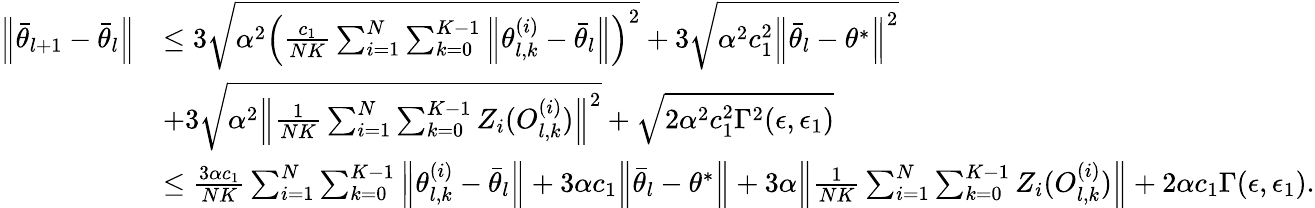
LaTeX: \begin{array}{rl}{\Big\lVert\bar{\theta}_{l+1}-\bar{\theta}_{l}\Big\rVert}&{\le 3\sqrt{\alpha^{2}\left(\frac{c_{1}}{NK}\sum_{i=1}^{N}\sum_{k=0}^{K-1}\Big\lVert\theta_{l,k}^{(i)}-\bar{\theta}_{l}\Big\rVert\right)^{2}}+3\sqrt{\alpha^{2}c_{1}^{2}\Big\lVert\bar{\theta}_{l}-\theta^{*}\Big\rVert^{2}}}\\ &{+3\sqrt{\alpha^{2}\Big\lVert\frac{1}{NK}\sum_{i=1}^{N}\sum_{k=0}^{K-1}Z_{i}(O_{l,k}^{(i)})\Big\rVert^{2}}+\sqrt{2\alpha^{2}c_{1}^{2}\Gamma^{2}(\epsilon,\epsilon_{1})}}\\ &{\le\frac{3\alpha c_{1}}{NK}\sum_{i=1}^{N}\sum_{k=0}^{K-1}\Big\lVert\theta_{l,k}^{(i)}-\bar{\theta}_{l}\Big\rVert+3\alpha c_{1}\Big\lVert\bar{\theta}_{l}-\theta^{*}\Big\rVert+3\alpha\Big\lVert\frac{1}{NK}\sum_{i=1}^{N}\sum_{k=0}^{K-1}Z_{i}(O_{l,k}^{(i)})\Big\rVert+2\alpha c_{1}\Gamma(\epsilon,\epsilon_{1}).}\end{array}